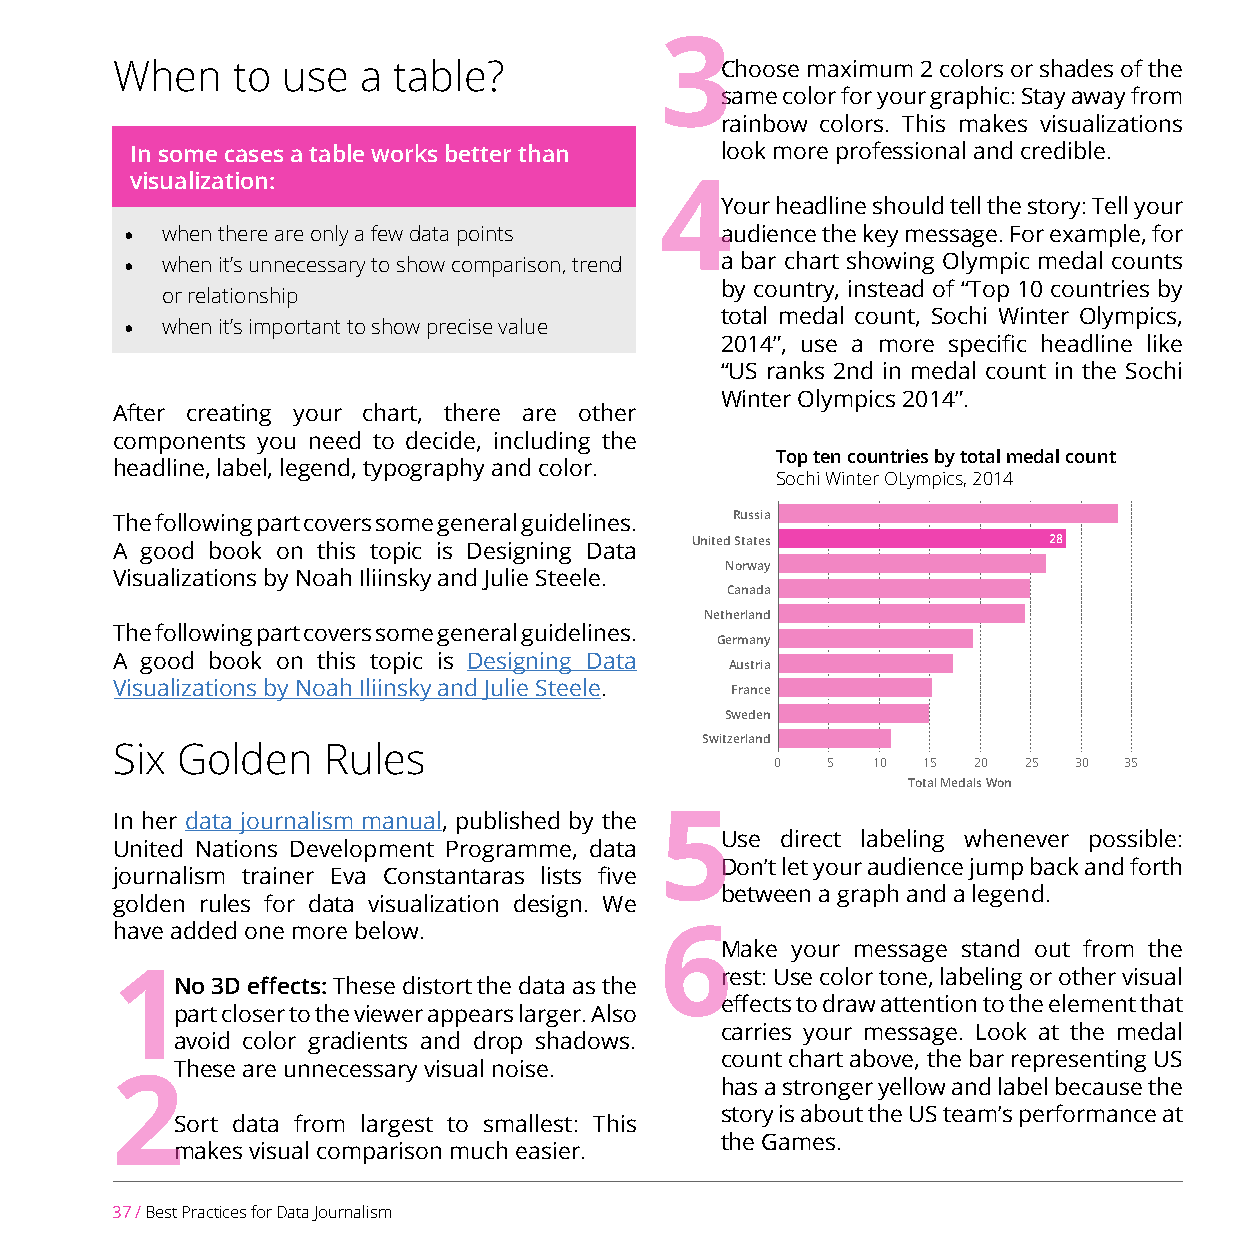
3
 When    to  use  a table?                C hoose maximum 2 colors or shades of the
 same color for your graphic: Stay away from
 rainbow colors. This makes visualizations
 In some cases a table works better than look more professional and credible.
 visualization:
 4
 Y our headline should tell the story: Tell your
 •  when there are only a few data points audience the key message. For example, for
 •  when it’s unnecessary to show comparison, trend a bar chart showing Olympic medal counts
 by country, instead of “Top 10 countries by
 or relationship
 total medal count, Sochi Winter Olympics,
 •  when it’s important to show precise value
 2014”, use a more specific headline like
 “US ranks 2nd in medal count in the Sochi
 Winter Olympics 2014”.
 After creating your chart, there are other
 components you need to decide, including the
 Top ten countries by total medal count
 headline, label, legend, typography and color.
 Sochi Winter OLympics, 2014
 The following part covers some general guidelines. Russia
 A good book on this topic is Designing Data United States     28
 Norway
 Visualizations by Noah Iliinsky and Julie Steele.
 Canada
 Netherland
 The following part covers some general guidelines.
 Germany
 A good book on this topic is Designing Data
 Austria
 Visualizations by Noah Iliinsky and Julie Steele. France
 Sweden
 Switzerland
 Six  Golden   Rules
 0   5  10 15 20  25 30 35
 Total Medals Won
 In her data journalism manual, published by the 5
 U se direct labeling whenever possible:
 United Nations Development Programme, data
 Don’t let your audience jump back and forth
 journalism trainer Eva Constantaras lists five
 between a graph and a legend.
 golden rules for data visualization design. We
 have added one more below.           6
 M ake your message stand out from the
 1                                        rest: Use color tone, labeling or other visual
 N o 3D effects: These distort the data as the
 effects to draw attention to the element that
 part closer to the viewer appears larger. Also
 carries your message. Look at the medal
 avoid color gradients and drop shadows.
 count chart above, the bar representing US
 These are unnecessary visual noise.
 2                                        has a stronger yellow and label because the
 story is about the US team’s performance at
 S ort data from largest to smallest: This
 the Games.
 makes visual comparison much easier.
 37 / Best Practices for Data Journalism